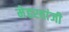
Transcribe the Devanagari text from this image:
मेहरवांजी